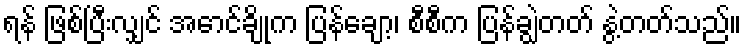
ရန် ဖြစ်ပြီးလျှင် အောင်ချိုက ပြန်ချော့၊ စီစီက ပြန်ချွဲတတ် နွဲ့တတ်သည်။